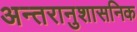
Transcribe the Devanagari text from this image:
अन्तरानुशासनिक